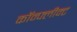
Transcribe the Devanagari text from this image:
कॉन्फ्लीक्ट